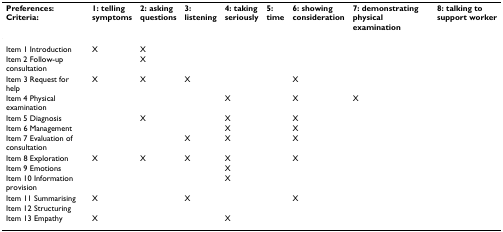
<table><thead><tr><td><b>Preferences:Criteria:</b></td><td><b>1: tellingsymptoms</b></td><td><b>2: askingquestions</b></td><td><b>3:listening</b></td><td><b>4: takingseriously</b></td><td><b>5:time</b></td><td><b>6: showingconsideration</b></td><td><b>7: demonstrating physicalexamination</b></td><td><b>8: talking tosupport worker</b></td></tr></thead><tbody><tr><td>Item 1 Introduction</td><td>X</td><td>X</td><td></td><td></td><td></td><td></td><td></td><td></td></tr><tr><td>Item 2 Follow-up consultation</td><td></td><td>X</td><td></td><td></td><td></td><td></td><td></td><td></td></tr><tr><td>Item 3 Request for help</td><td>X</td><td>X</td><td>X</td><td></td><td></td><td>X</td><td></td><td></td></tr><tr><td>Item 4 Physical examination</td><td></td><td></td><td></td><td>X</td><td></td><td>X</td><td>X</td><td></td></tr><tr><td>Item 5 Diagnosis</td><td></td><td>X</td><td></td><td>X</td><td></td><td>X</td><td></td><td></td></tr><tr><td>Item 6 Management</td><td></td><td></td><td></td><td>X</td><td></td><td>X</td><td></td><td></td></tr><tr><td>Item 7 Evaluation of consultation</td><td></td><td></td><td>X</td><td>X</td><td></td><td>X</td><td></td><td></td></tr><tr><td>Item 8 Exploration</td><td>X</td><td>X</td><td>X</td><td>X</td><td></td><td>X</td><td></td><td></td></tr><tr><td>Item 9 Emotions</td><td></td><td></td><td></td><td>X</td><td></td><td></td><td></td><td></td></tr><tr><td>Item 10 Information provision</td><td></td><td></td><td></td><td>X</td><td></td><td></td><td></td><td></td></tr><tr><td>Item 11 Summarising</td><td>X</td><td></td><td>X</td><td></td><td></td><td>X</td><td></td><td></td></tr><tr><td>Item 12 Structuring</td><td></td><td></td><td></td><td></td><td></td><td></td><td></td><td></td></tr><tr><td>Item 13 Empathy</td><td>X</td><td></td><td></td><td>X</td><td></td><td></td><td></td><td></td></tr></tbody></table>